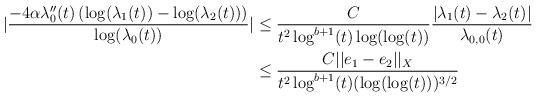
LaTeX: \begin{align*} |\frac{-4 \alpha \lambda_{0}''(t) \left(\log(\lambda_{1}(t))-\log(\lambda_{2}(t))\right)}{\log(\lambda_{0}(t))}| &\leq \frac{C}{t^{2}\log^{b+1}(t) \log(\log(t))} \frac{|\lambda_{1}(t)-\lambda_{2}(t)|}{\lambda_{0,0}(t)}\\&\leq \frac{C ||e_{1}-e_{2}||_{X}}{t^{2} \log^{b+1}(t) (\log(\log(t)))^{3/2}}\end{align*}